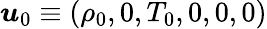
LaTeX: {\boldsymbol{u}}_{0}\equiv(\rho_{0},0,T_{0},0,0,0)